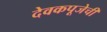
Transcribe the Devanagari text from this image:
देवकपूजेची